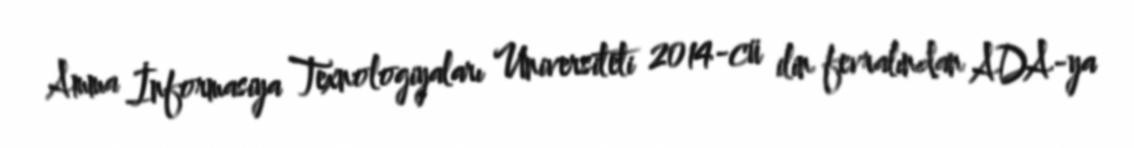
Amma İnformasiya Texnologiyaları Universiteti 2014-cü ilin fevralından ADA-ya